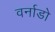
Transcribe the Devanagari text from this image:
वर्नाडो